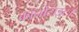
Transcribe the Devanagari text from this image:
कॉर्नोटाइट।